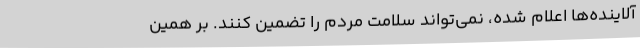
آلاینده‌ها اعلام شده، نمی‌تواند سلامت مردم را تضمین کنند. بر همین